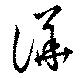
譁